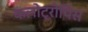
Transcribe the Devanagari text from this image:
कलोट्रोपिस